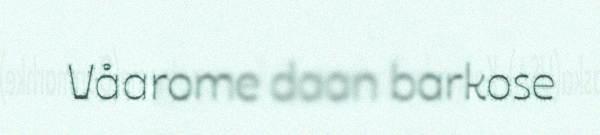
Våarome daan barkose